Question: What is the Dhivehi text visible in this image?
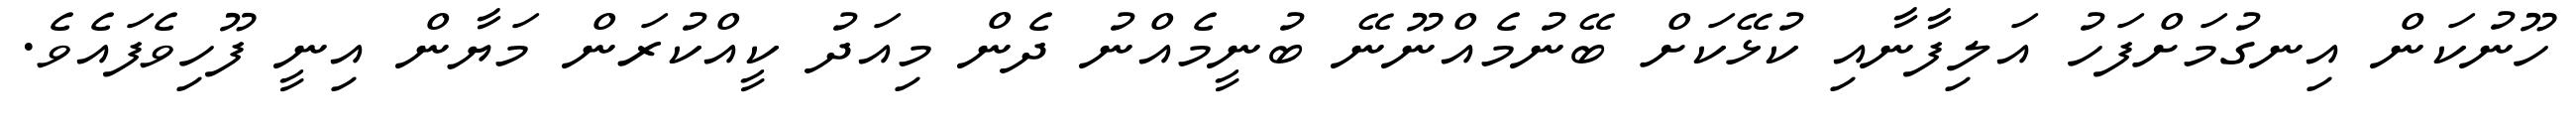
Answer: ހޫނުކަން އިނގުމަށްފަހު އަލިފާނާއި ކުޅޭކަށް ބޭނުމެއްނޫނޭ ބުނީމެއްނު ދެން މިއަދު ކީއްކުރަން މަޔާން އިނީ ފޫހިވެފައެވެ.